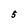
Character: 5